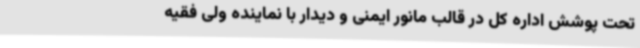
تحت پوشش اداره کل در قالب مانور ایمنی و دیدار با نماینده ولی فقیه